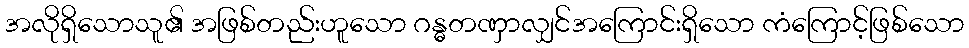
အလိုရှိသောသူ၏ အဖြစ်တည်းဟူသော ဂန္ဓတဏှာလျှင်အကြောင်းရှိသော ကံကြောင့်ဖြစ်သော